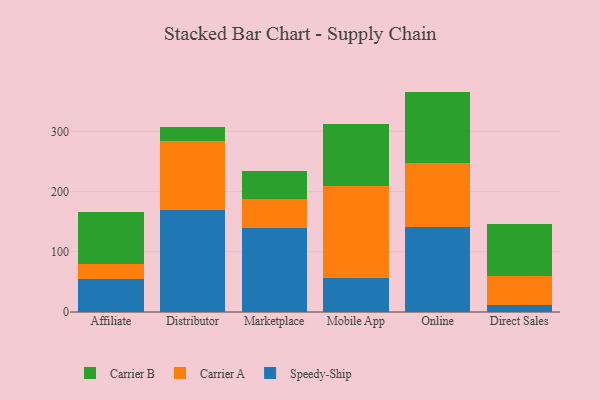
{"axis": {"x": "Channel", "y": "Shipments"}, "legend": ["Carrier A", "Carrier B", "Speedy-Ship"], "data": [{"x": "Affiliate", "y": 54.2, "type": "Speedy-Ship"}, {"x": "Affiliate", "y": 25.1, "type": "Carrier A"}, {"x": "Affiliate", "y": 87.2, "type": "Carrier B"}, {"x": "Distributor", "y": 169.4, "type": "Speedy-Ship"}, {"x": "Distributor", "y": 115.4, "type": "Carrier A"}, {"x": "Distributor", "y": 22.8, "type": "Carrier B"}, {"x": "Marketplace", "y": 139.1, "type": "Speedy-Ship"}, {"x": "Marketplace", "y": 48.9, "type": "Carrier A"}, {"x": "Marketplace", "y": 46.3, "type": "Carrier B"}, {"x": "Mobile App", "y": 57.1, "type": "Speedy-Ship"}, {"x": "Mobile App", "y": 152.8, "type": "Carrier A"}, {"x": "Mobile App", "y": 102.5, "type": "Carrier B"}, {"x": "Online", "y": 141.4, "type": "Speedy-Ship"}, {"x": "Online", "y": 106.0, "type": "Carrier A"}, {"x": "Online", "y": 118.6, "type": "Carrier B"}, {"x": "Direct Sales", "y": 11.7, "type": "Speedy-Ship"}, {"x": "Direct Sales", "y": 48.6, "type": "Carrier A"}, {"x": "Direct Sales", "y": 85.2, "type": "Carrier B"}]}